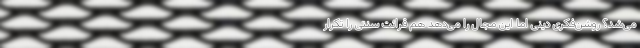
می‌شد؟ روشن‌فکری دینی اما این مجال را می‌دهد هم قرائت سنتی را تکرار